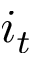
i _ { t }